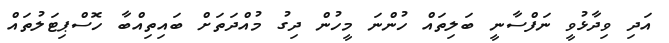
އަދި ވިދާޅުވީ ނަފްސާނީ ބަލިތައް ހުންނަ މީހުން ދިގު މުއްދަތަށް ބައިތިއްބާ ހޮސްޕިޓަލުތައް